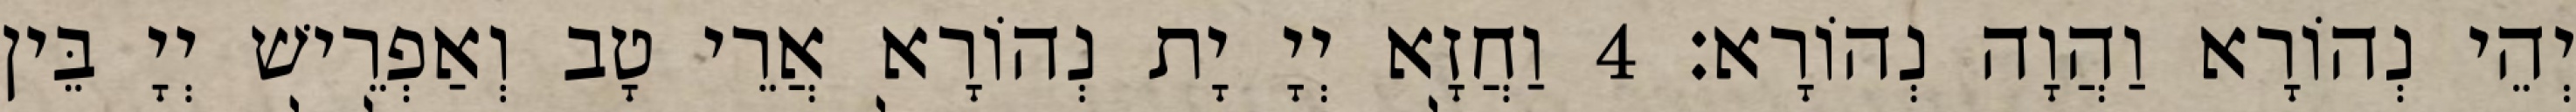
יְהֵי נְהוֹרָא וַהֲוָה נְהוֹרָא׃ 4 וַחֲזָא יְיָ יָת נְהוֹרָא אֲרֵי טָב וְאַפְרֵישׁ יְיָ בֵּין